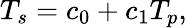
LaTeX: T_{s}=c_{0}+c_{1}T_{p},